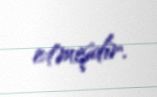
etmişdir.